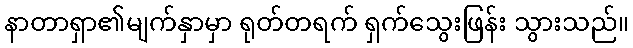
နာတာရှာ၏မျက်နှာမှာ ရုတ်တရက် ရှက်သွေးဖြန်း သွားသည်။